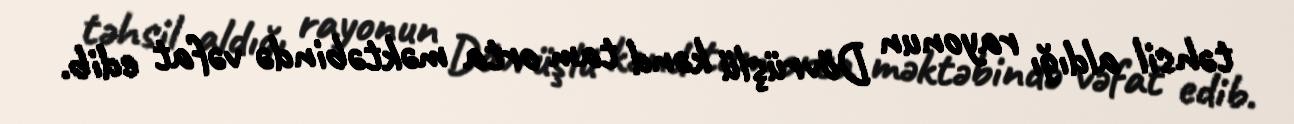
təhsil aldığı rayonun Dövrüşlü kənd tam orta məktəbində vəfat edib.